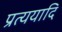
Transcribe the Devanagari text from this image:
प्रत्ययादि